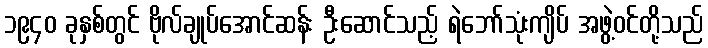
၁၉၄၀ ခုနှစ်တွင် ဗိုလ်ချုပ်အောင်ဆန်း ဦးဆောင်သည့် ရဲဘော်သုံးကျိပ် အဖွဲ့ဝင်တို့သည်